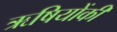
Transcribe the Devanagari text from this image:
ऋषियोंकी